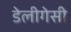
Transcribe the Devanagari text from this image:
डेलीगेसी